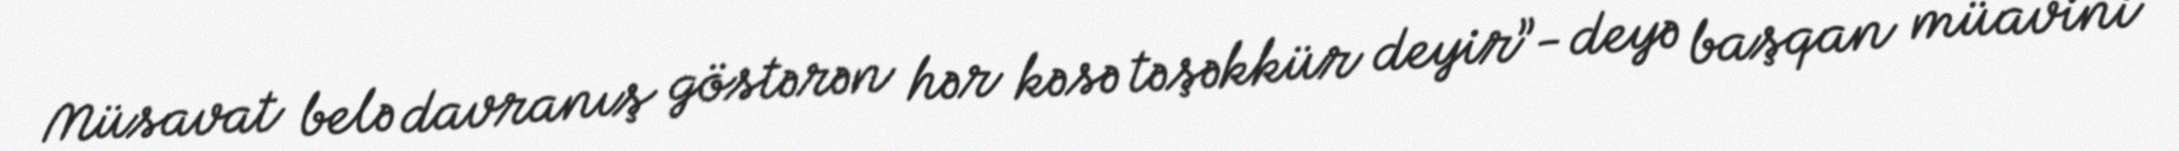
Müsavat belə davranış göstərən hər kəsə təşəkkür deyir”- deyə başqan müavini